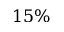
1 5 \%